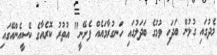
މެދުގައި ގުޅުން ބަދަހި ވުމުގެ ބަދަލުގައި ހަނގުރާމައެއް ފެށޭނީ" އުތުރު ކޮރެއާގެ ކޭސީއެންއޭގައި